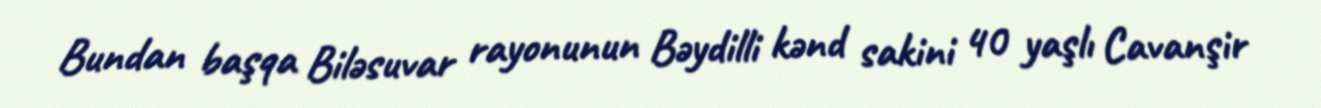
Bundan başqa Biləsuvar rayonunun Bəydilli kənd sakini 40 yaşlı Cavanşir